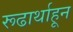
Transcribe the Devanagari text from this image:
रूढार्थाहून